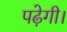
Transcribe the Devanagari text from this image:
पढ़ेगी।